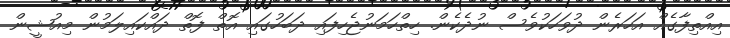
އިއްތިފާގެއް އަހަރެން ދުވަހަކުވެސް ނުދެކެން. ހިތްހަމަނުޖެހިފައި ދަބަހުގައި އޮތް ފޮތް ދައްކައިލަމުން މިއުޝީން